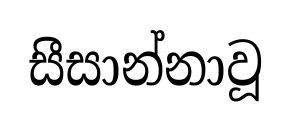
සීසාන්නාවූ